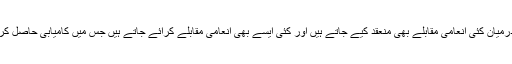
گاہے بہ گاہے ریڈیو چین کی اردو سروس کی جانب سے اپنے سننے والوں کے درمیان کئی انعامی مقابلے بھی منعقد کیے جاتے ہیں اور کئی ایسے بھی انعامی مقابلے کرائے جاتے ہیں جس میں کامیابی حاصل کرنے والے سامع کو ریڈیو چین اردو سروس کی جانب سے چین مدعو کیا جاتا ہے۔